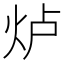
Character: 𱪵